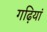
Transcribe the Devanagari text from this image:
गढ़ियां